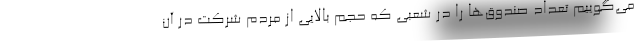
می‌گوییم تعداد صندوق‌ها را در شعبی که حجم بالایی از مردم شرکت در آن